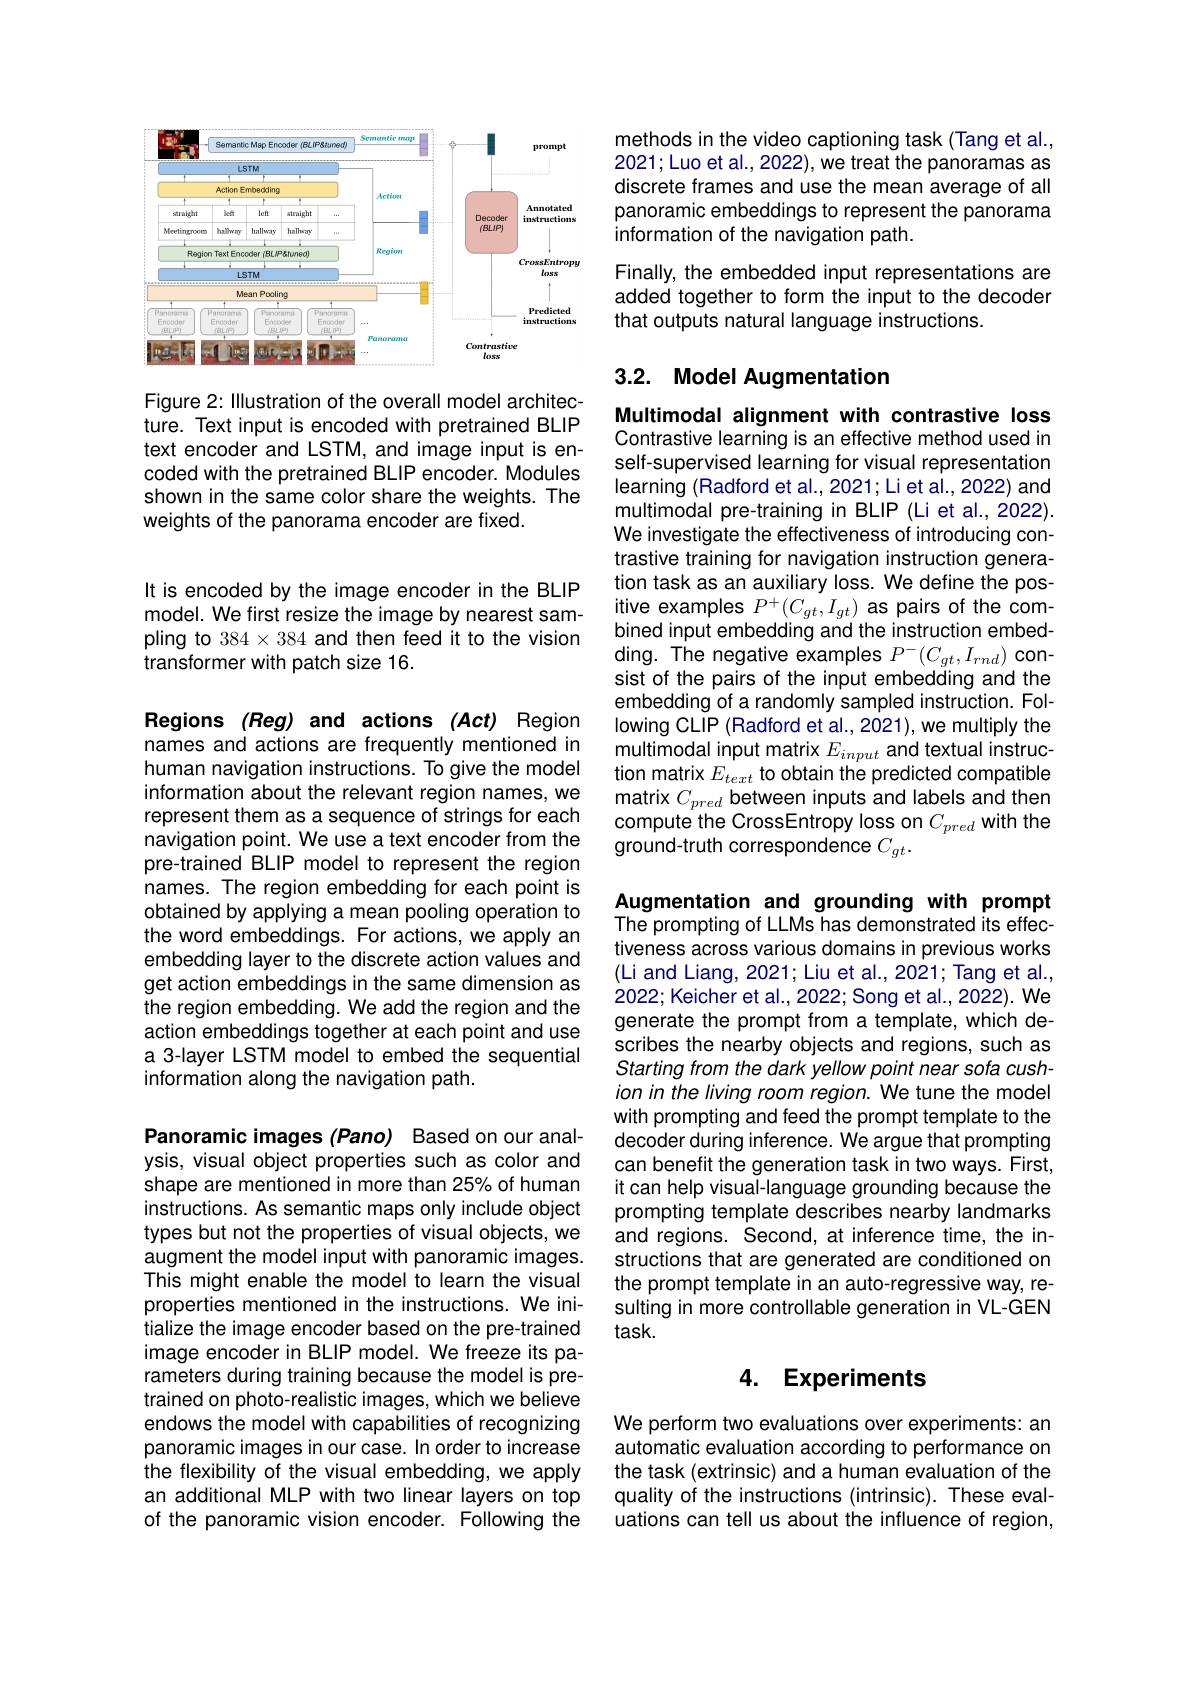
<FigureHere>

Figure 2: Illustration of the overall model architecture. Text input is encoded with pretrained BLIP text encoder and LSTM, and image input is encoded with the pretrained BLIP encoder. Modules shown in the same color share the weights. The weights of the panorama encoder are fixed.

methods in the video captioning task (Tang et al., 2021; Luo et al., 2022), we treat the panoramas as discrete frames and use the mean average of all panoramic embeddings to represent the panorama information of the navigation path.
Finally, the embedded input representations are added together to form the input to the decoder that outputs natural language instructions.

# 3.2. Model Augmentation

Multimodal alignment with contrastive loss Contrastive learning is an effective method used in self-supervised learning for visual representation learning (Radford et al., 2021; Li et al., 2022) and multimodal pre-training in BLIP (Li et al., 2022) We investigate the effectiveness of introducing contrastive training for navigation instruction generation task as an auxiliary loss. We define the posding. The negative examples $P^-(C_{gt},I_{rnd})$ consist of the pairs of the input embedding and the embedding of a randomly sampled instruction. Following CLIP (Radford et al., 2021), we multiply the multimodal input matrix $E_{input}$ and textual instruction matrix $E_text$ to obtain the predicted compatible matrix $C_{pred}$ between inputs and labels and then compute the CrossEntropy loss on $C_{pred}$ with the ground-truth correspondence $C_{gt}.$

It is encoded by the image encoder in the BLIP
model. We first resize the image by nearest sam- itive examples $P^+(C_{gt},I_{gt})$ as pairs of the com- ping tor s por s of the com- ping tor s por s of the com- ping ton tor s por s por s or s or s pairs o the com- pling to a s po s po s po s p a i t
pling to 384 × 384 and then feed it to the vision
transformer with patch size 16.

Regions (Reg) and actions (Act) Region names and actions are frequently mentioned in human navigation instructions. To give the model information about the relevant region names, we represent them as a sequence of strings for each navigation point. We use a text encoder from the pre-trained BLIP model to represent the region names. The region embedding for each point is obtained by applying a mean pooling operation to the word embeddings. For actions, we apply an embedding layer to the discrete action values and get action embeddings in the same dimension as the region embedding. We add the region and the action embeddings together at each point and use a 3-layer LSTM model to embed the sequential information along the navigation path.

Panoramic images (Pano) Based on our analysis, visual object properties such as color and shape are mentioned in more than 25% of human instructions. As semantic maps only include object types but not the properties of visual objects, we augment the model input with panoramic images. This might enable the model to learn the visual properties mentioned in the instructions. We initialize the image encoder based on the pre-trained image encoder in BLIP model. We freeze its parameters during training because the model is pretrained on photo-realistic images, which we believe endows the model with capabilities of recognizing panoramic images in our case. In order to increase the flexibility of the visual embedding, we apply an additional MLP with two linear layers on top of the panoramic vision encoder. Following the

Augmentation and grounding with prompt The prompting of LLMs has demonstrated its effectiveness across various domains in previous works (Li and Liang, 2021; Liu et al., 2021; Tang et al., 2022; Keicher et al., 2022; Song et al., 2022). We generate the prompt from a template, which describes the nearby objects and regions, such as Starting from the dark yellow point near sofa cushion in the living room region. We tune the model with prompting and feed the prompt template to the decoder during inference. We argue that prompting can benefit the generation task in two ways. First, it can help visual-language grounding because the prompting template describes nearby landmarks and regions. Second, at inference time, the instructions that are generated are conditioned on the prompt template in an auto-regressive way, resulting in more controllable generation in VL-GEN $task.$

# 4. Experiments

We perform two evaluations over experiments: an automatic evaluation according to performance on the task (extrinsic) and a human evaluation of the quality of the instructions (intrinsic). These evaluations can tell us about the influence of region,